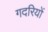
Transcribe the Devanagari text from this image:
गदरियों